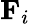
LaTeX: \mathbf{F}_{i}